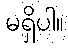
မရှိပါ။